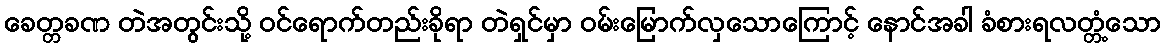
ခေတ္တခဏ တဲအတွင်းသို့ ဝင်ရောက်တည်းခိုရာ တဲရှင်မှာ ဝမ်းမြောက်လှသောကြောင့် နောင်အခါ ခံစားရလတ္တံ့သော